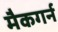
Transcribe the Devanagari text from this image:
मैकगर्न